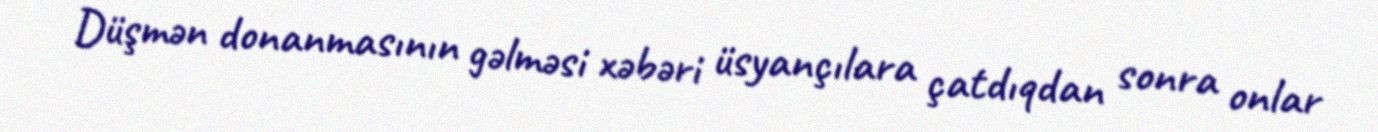
Düşmən donanmasının gəlməsi xəbəri üsyançılara çatdıqdan sonra onlar